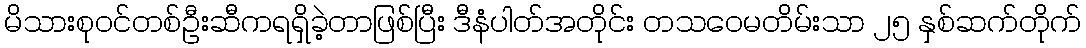
မိသားစုဝင်တစ်ဦးဆီကရရှိခဲ့တာဖြစ်ပြီး ဒီနံပါတ်အတိုင်း တသဝေမတိမ်းသာ ၂၅ နှစ်ဆက်တိုက်